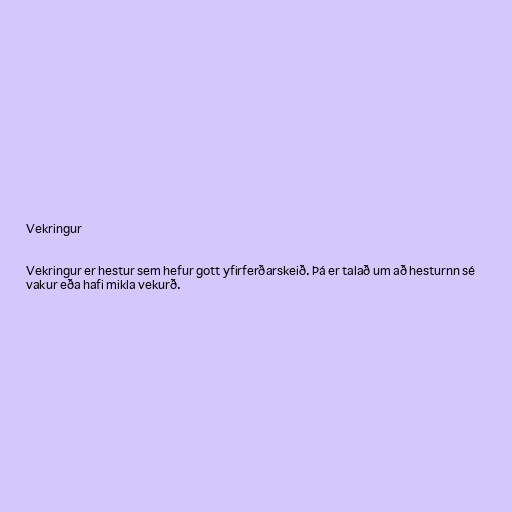
Vekringur

Vekringur er hestur sem hefur gott yfirferðarskeið. Þá er talað um að hesturnn sé
vakur eða hafi mikla vekurð.